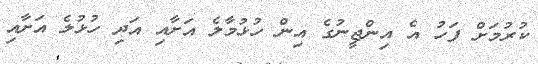
ކުރުމަށް ފަހު އެ އިންޖީނުގެ އިން ހުޅުމާލެ އަށާއި އަދި ހުޅުލެ އަށާއި